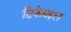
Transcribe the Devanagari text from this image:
टिकेबद्दल